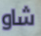
شاو